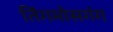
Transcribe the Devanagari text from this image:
तिंगमोसगंग